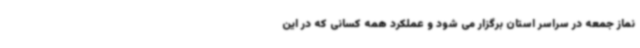
نماز جمعه در سراسر استان برگزار می شود و عملکرد همه کسانی که در این